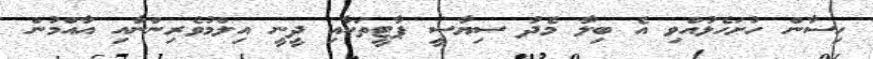
ހިސާން ހުށަހެޅުއްވި އެ ބިލާ މެދު ސިޔާސީ ޕާޓީތަކާއި ދީނީ އިލްމުވެރިންނާއި އާއްމުން